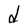
Character: d